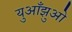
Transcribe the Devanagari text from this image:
युआँझुओ